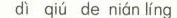
di qiu de nian ling